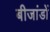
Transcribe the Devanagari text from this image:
बीजांडों